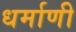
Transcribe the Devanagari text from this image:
धर्माणी